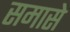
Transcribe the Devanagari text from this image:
समासे